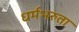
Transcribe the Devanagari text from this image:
धर्मभरुता